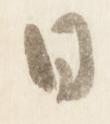
日